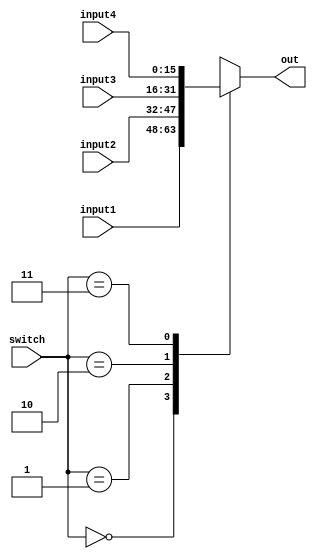
/*
 * Name: mux4to1
 * Functional as of 6:13pm 5/13/21  
 */

module mux4to1
#(parameter SIZE = 16)
(
    input [SIZE-1:0] input1, input2, input3, input4,
    input [1:0] switch,
    output reg [SIZE-1:0] out
);


always@(*)
begin
    case(switch)
        2'b00: out = input1;
        2'b01: out = input2;
        2'b10: out = input3;
        2'b11: out = input4;
        default: out = input1;
    endcase
end
endmodule